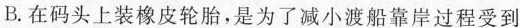
B.在码头上装橡皮轮胎，是为了减小渡船靠岸过程受到